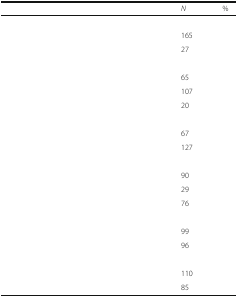
<table><thead><tr><td>[EMPTY_CELL]</td><td><b><i>N</i></b></td><td><b>%</b></td></tr></thead><tbody><tr><td colspan="3">[EMPTY_CELL]</td></tr><tr><td>[EMPTY_CELL]</td><td>165</td><td>[EMPTY_CELL]</td></tr><tr><td>[EMPTY_CELL]</td><td>27</td><td>[EMPTY_CELL]</td></tr><tr><td colspan="3">[EMPTY_CELL]</td></tr><tr><td>[EMPTY_CELL]</td><td>65</td><td>[EMPTY_CELL]</td></tr><tr><td>[EMPTY_CELL]</td><td>107</td><td>[EMPTY_CELL]</td></tr><tr><td>[EMPTY_CELL]</td><td>20</td><td>[EMPTY_CELL]</td></tr><tr><td colspan="3">[EMPTY_CELL]</td></tr><tr><td>[EMPTY_CELL]</td><td>67</td><td>[EMPTY_CELL]</td></tr><tr><td>[EMPTY_CELL]</td><td>127</td><td>[EMPTY_CELL]</td></tr><tr><td colspan="3">[EMPTY_CELL]</td></tr><tr><td>[EMPTY_CELL]</td><td>90</td><td>[EMPTY_CELL]</td></tr><tr><td>[EMPTY_CELL]</td><td>29</td><td>[EMPTY_CELL]</td></tr><tr><td>[EMPTY_CELL]</td><td>76</td><td>[EMPTY_CELL]</td></tr><tr><td colspan="3">[EMPTY_CELL]</td></tr><tr><td>[EMPTY_CELL]</td><td>99</td><td>[EMPTY_CELL]</td></tr><tr><td>[EMPTY_CELL]</td><td>96</td><td>[EMPTY_CELL]</td></tr><tr><td colspan="3">[EMPTY_CELL]</td></tr><tr><td>[EMPTY_CELL]</td><td>110</td><td>[EMPTY_CELL]</td></tr><tr><td>[EMPTY_CELL]</td><td>85</td><td>[EMPTY_CELL]</td></tr></tbody></table>